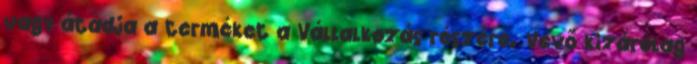
vagy átadja a terméket a Vállalkozás részére. Vevő kizárólag